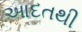
આદતથી